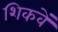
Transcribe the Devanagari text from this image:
शिकवें